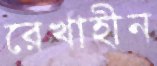
রেখাহীন